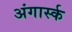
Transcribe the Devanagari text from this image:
अंगार्स्क